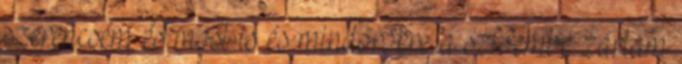
szerencsém és most is és mindörökre a szívembe zártam